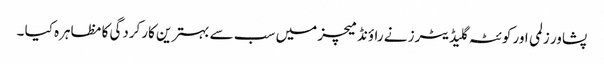
پشاور زلمی اور کوئٹہ گلیڈیٹرز نے راؤنڈ میچز میں سب سے بہترین کارکردگی کا مظاہرہ کیا ۔